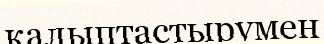
қалыптастырумен